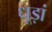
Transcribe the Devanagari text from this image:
धूड़ां